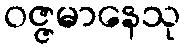
ဝဇ္ဇမာနေသု